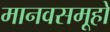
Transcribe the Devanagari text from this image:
मानवसमूहों